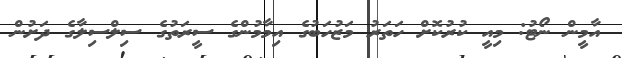
އާމީން ނޯޓު: މިއީ ކުރުކޮށް ހަތަރު މަޒުހަބުގެ އިމާމުންގެ ސީރަތުގެ ސިލްސިލާގެ ދަށުން